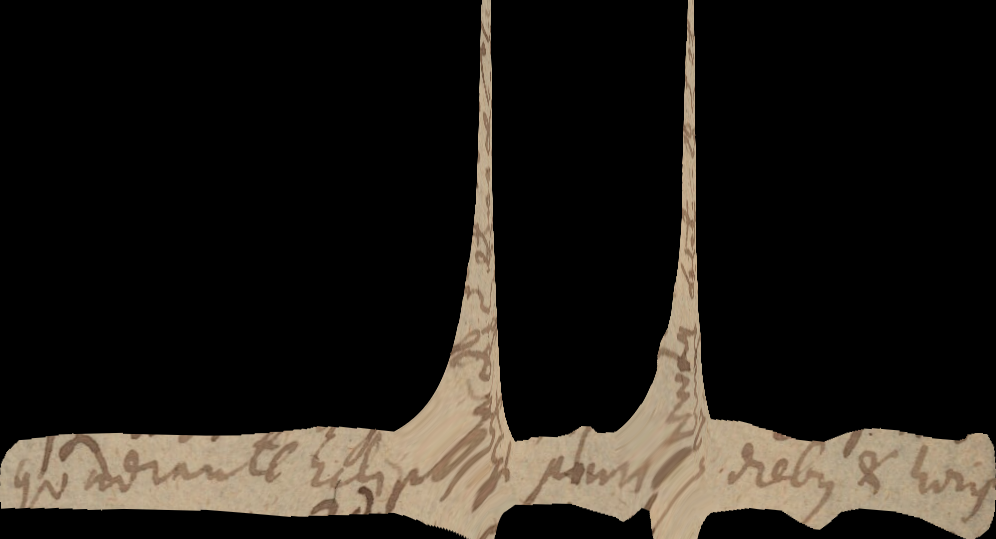
quadrante Ecliptico pluribus diebus et horis